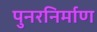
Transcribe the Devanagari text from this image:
पुनरनिर्माण